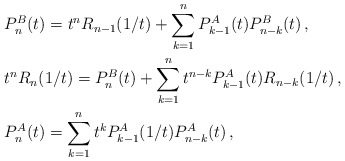
\begin{align*} &P^B_n(t) = t^n R_{n-1}(1/t) + \sum_{k=1}^{n} P_{k-1}^{A}(t) P^{B}_{n-k}(t) \, , \\ & t^n R_{n}(1/t) = P^B_n(t) + \sum_{k=1}^{n} t^{n-k} P_{k-1}^{A}(t)R_{n-k}(1/t) \, , \\ &P^A_n(t) = \sum_{k=1}^{n} t^k P^A_{k-1}(1/t) P^A_{n-k}(t) \, , \\ \end{align*}